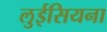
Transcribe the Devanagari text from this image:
लुईसियना